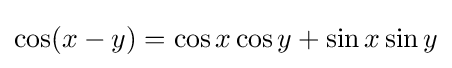
\cos(x-y)=\cos x\cos y+\sin x\sin y